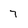
Character: 7